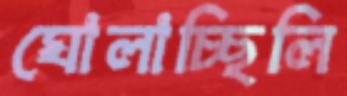
ঘোলাচ্ছিলি